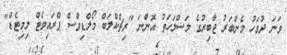
ވަނަ ދުވަހު މެންބަރު ޖާބިރުގެ މަސްލަހަތު އޮންނަ "ރިޗްކްލަބް މޯލްޑިވްސް ޕްރައިވެޓް ލިމިޓެޑް"